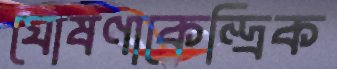
ঘোষণাকেন্দ্রিক